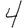
Digit: 4